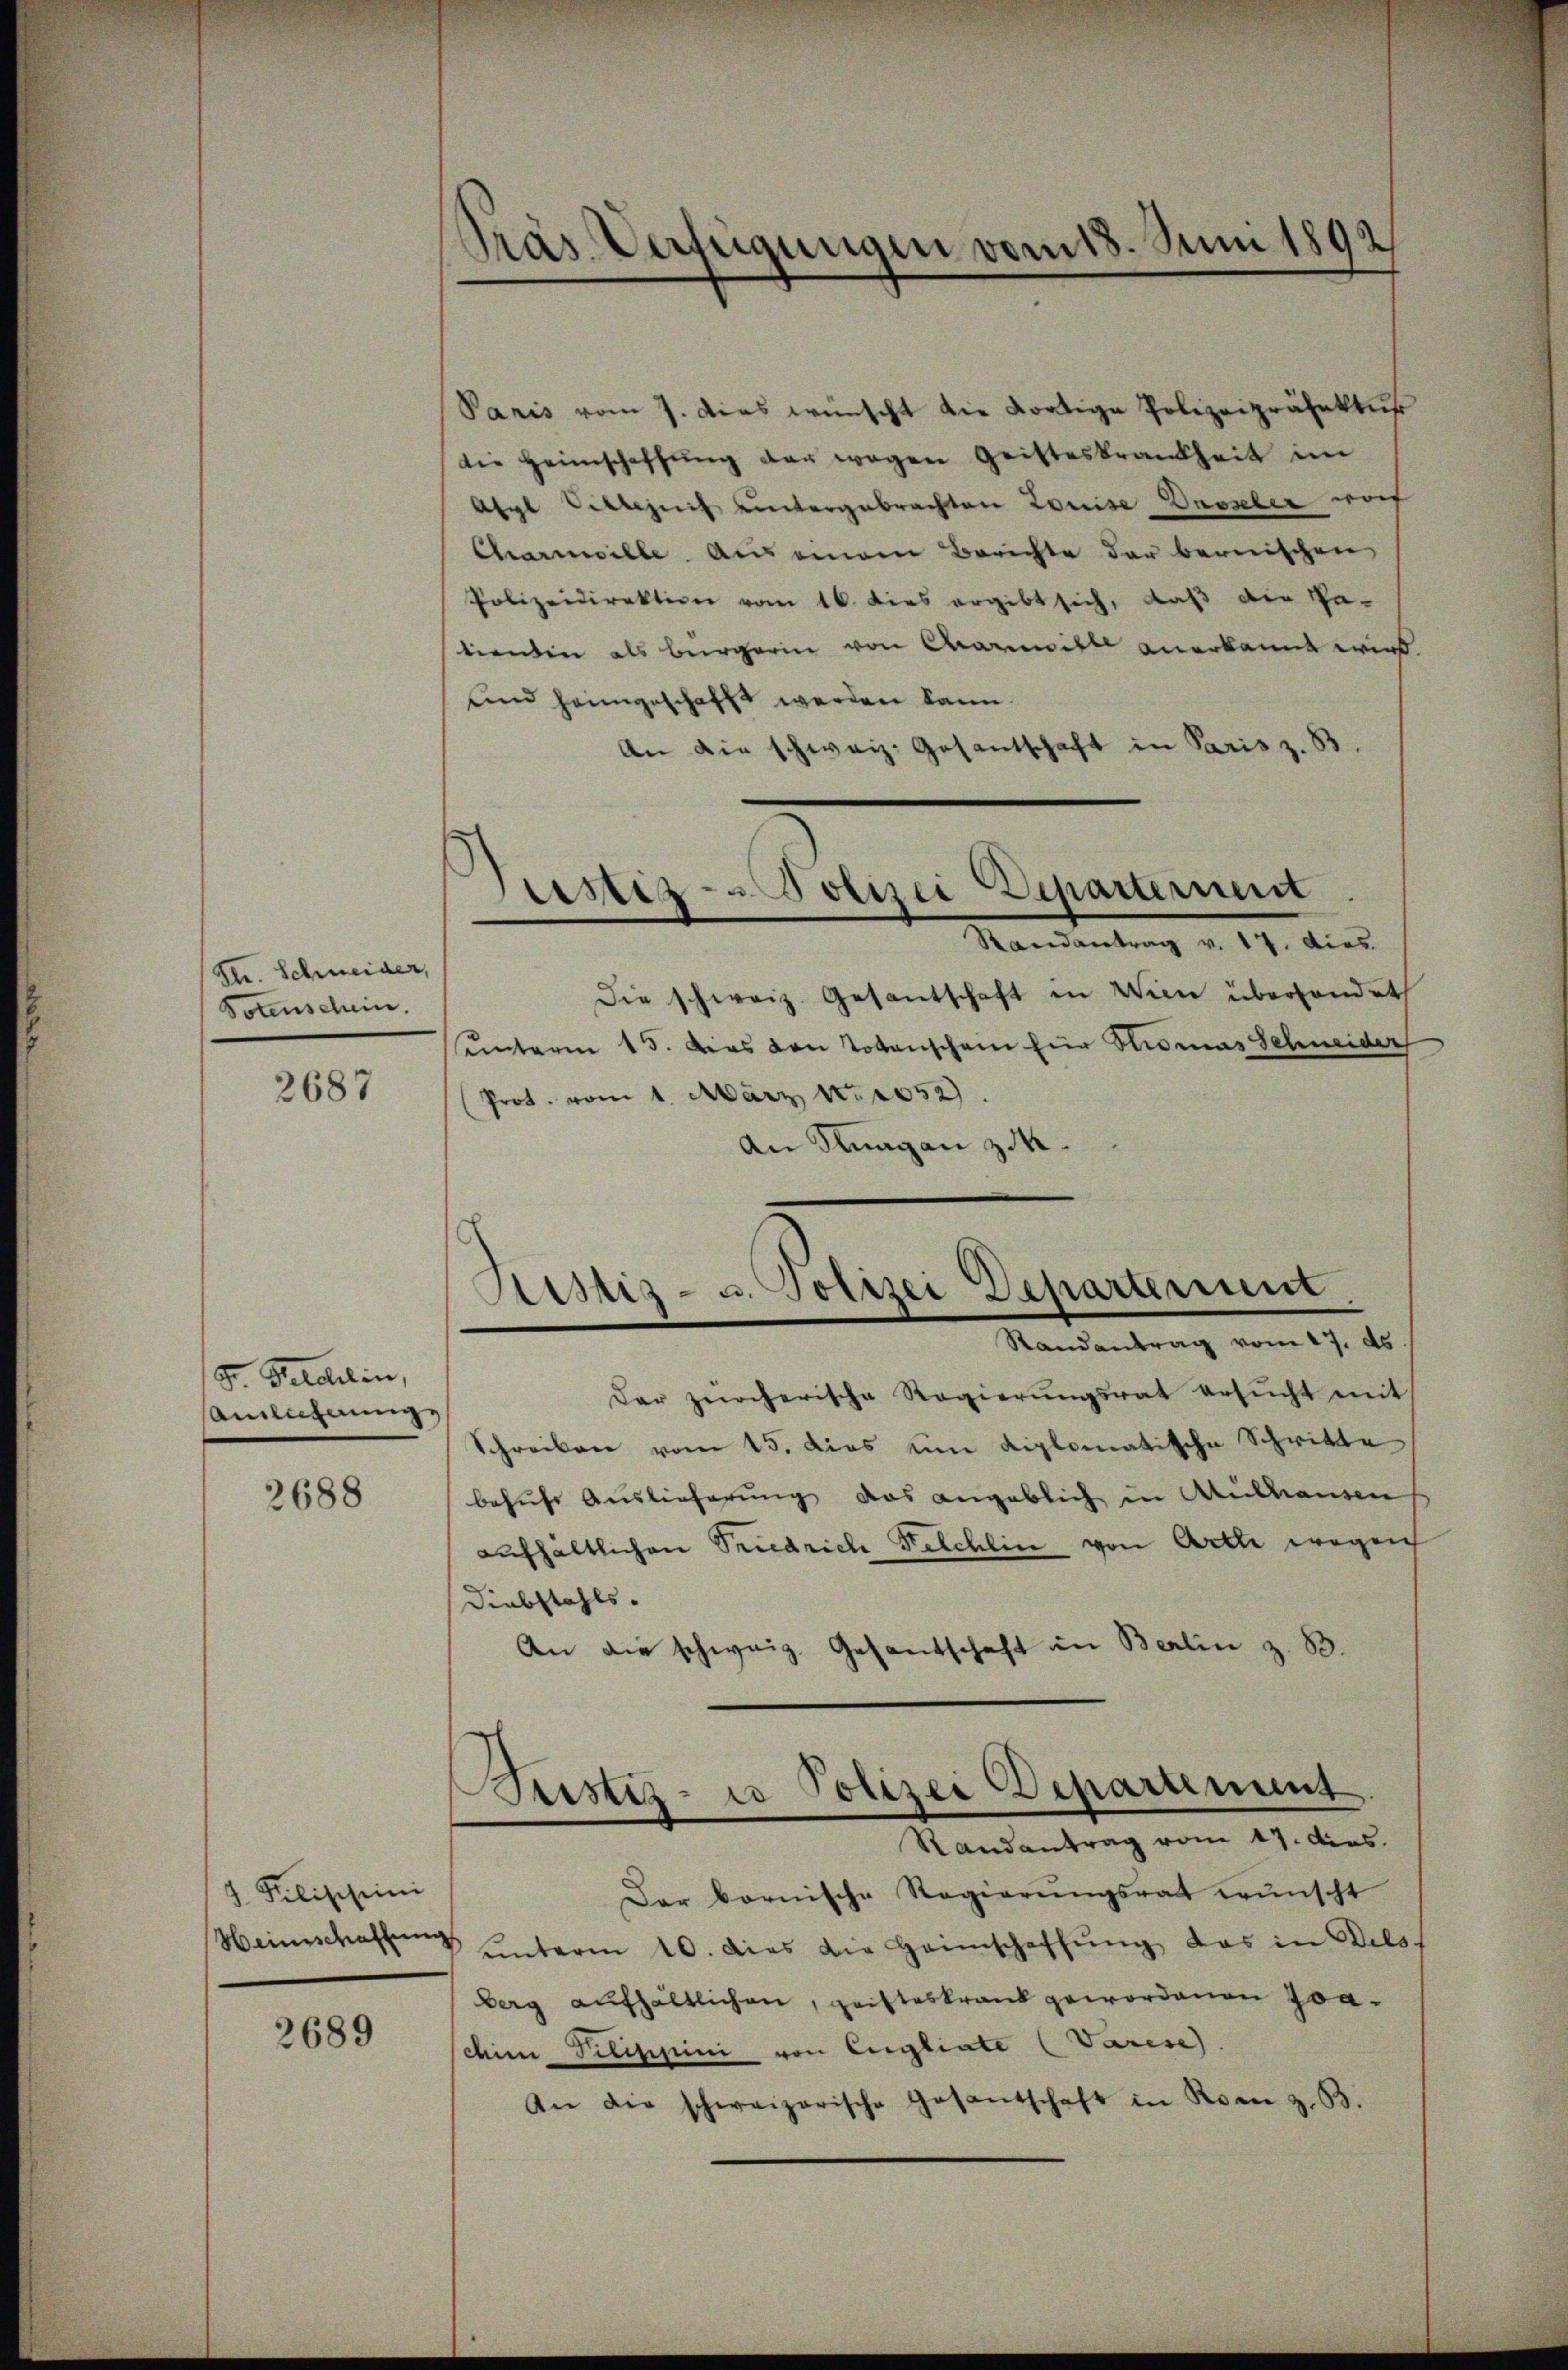
Str. Schweider,
Votenschein.

2687

F. Geschein,
Ainlicherung,

2688

7 Kilischeini
Heimschaffung

2689

Präs. Verfügungen vom 18. Juni 1892

Paris vom 7. Das wünscht die dortige Polizeipräfektus
die Heimschaffŭng der wegen Geisteskrankheit im
Afgl Sittezeich untergebrachten Louise Enzler wof
Chareille. Auseinem Berichte der bernischen
Polizeidirektion vom 16. dies ergibt sich, daß der Pa-
tienten als Bürgerin von Carmitte anerkannt wird.
und heimgeschafft werden kann.
An die schweiz. Gesantschaft in Paris z. B.
Mandantung a. 17. dies
Die schweiz. Gesantschaft in Wien überhandet
unterm 15. Dies von Totenschein für Stromas Schneider
Prot. vom 1. März 18. 1052.
An Knagan zuk
Randantrag vom 17. ds.
Der zürcherische Regierŭngsrat ersŭcht mit
Schreiben vom 15. dies ein diplomatische Schritte
behufs Auslieferung das angeblich in Anstanden
aufhaltlichen Seiedrich Felchlin von Arzte wegen
Diebstahls.
An die schweiz. Gesantschaft in Berlin z. B.
Randantrag vom 17. dies
Der bornische Regierungsrat wünscht
 ŭnterm 10. dies die Heimschaffŭng das in Dilsf
berg aufhältlichen, geisteskrank gewordenen Joachim Pilischini von Egliate (Varese
An die schweizerische Gesandschaft in Rom z. B.

Grestiz- & Polizei Departernent

Ristis- u. Polizei Departement

Justiz- u Polizei Departiment